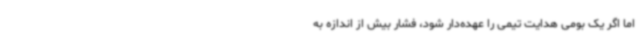
اما اگر یک بومی هدایت تیمی را عهده‌دار شود، فشار بیش از اندازه به